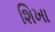
શિખા